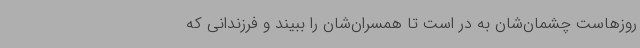
روزهاست چشمان‌شان به در است تا همسران‌شان را ببیند و فرزندانی که